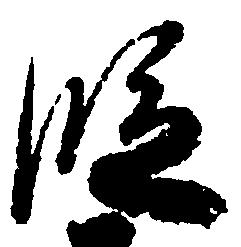
段